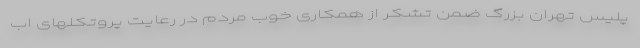
پلیس تهران بزرگ ضمن تشکر از همکاری خوب مردم در رعایت پروتکلهای اب